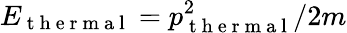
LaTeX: E_{\mathrm{~t~h~e~r~m~a~l~}}=p_{\mathrm{~t~h~e~r~m~a~l~}}^{2}/2m